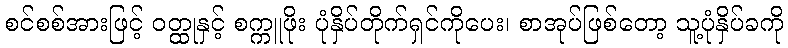
စင်စစ်အားဖြင့် ဝတ္ထုနှင့် စက္ကူဖိုး ပုံနှိပ်တိုက်ရှင်ကိုပေး၊ စာအုပ်ဖြစ်တော့ သူ့ပုံနှိပ်ခကို